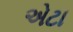
એટા